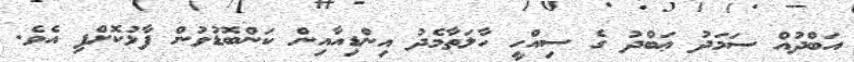
އަބްދުއް ސަމަދު ޢަބްދު ގެ ސިއްހީ ހާލަތާމެދު އިންޑިއާއިން ކަންބޮޑުވުން ފާޅުކޮށްފި އެވެ.